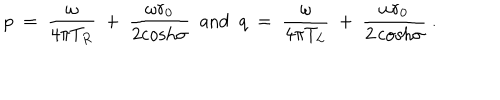
p ~ = ~ { \frac { \omega } { 4 \pi T _ { R } } } ~ + ~ { \frac { \omega r _ { 0 } } { 2 { \cosh } \sigma } } ~ ~ { \mathrm { a n d } } ~ ~ q ~ = ~ { \frac { \omega } { 4 \pi T _ { L } } } ~ + ~ { \frac { \omega r _ { 0 } } { { 2 \cosh } \sigma } } ~ .